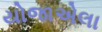
યોજાએલા